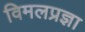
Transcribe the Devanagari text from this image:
विमलप्रज्ञा